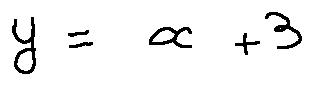
y = x + 3